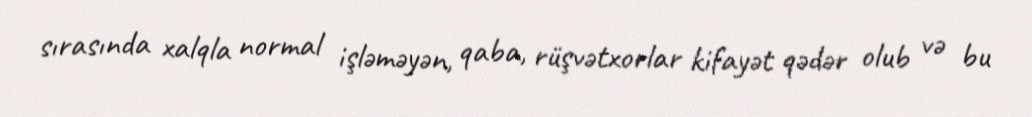
sırasında xalqla normal işləməyən, qaba, rüşvətxorlar kifayət qədər olub və bu